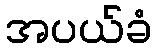
အပယ်ခံ